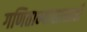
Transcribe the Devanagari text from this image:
गणिताभ्यासासाठी